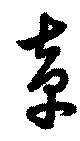
章